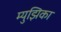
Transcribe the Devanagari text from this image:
म्युझिका